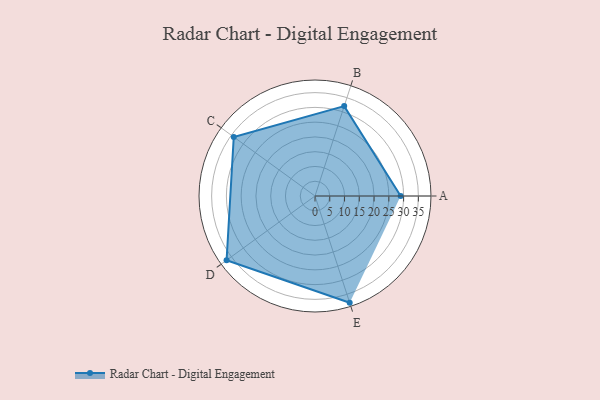
{"axis": {"x": "Skill", "y": "Score"}, "legend": ["Profile"], "data": [{"x": "A", "y": 29.0, "type": "Profile"}, {"x": "B", "y": 32.0, "type": "Profile"}, {"x": "C", "y": 34.0, "type": "Profile"}, {"x": "D", "y": 37.0, "type": "Profile"}, {"x": "E", "y": 38.0, "type": "Profile"}]}